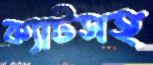
ক্যাটসহ